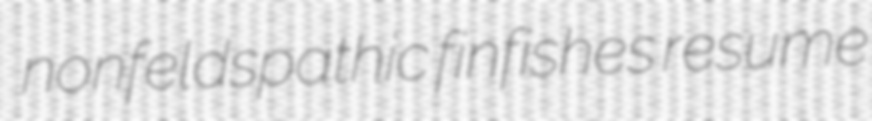
nonfeldspathic finfishes resume